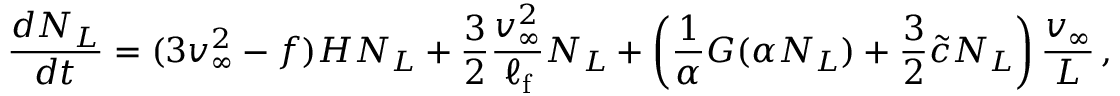
\frac { d N _ { L } } { d t } = ( 3 v _ { \infty } ^ { 2 } - f ) H N _ { L } + \frac { 3 } { 2 } \frac { v _ { \infty } ^ { 2 } } { \ell _ { \mathrm { f } } } N _ { L } + \left( \frac { 1 } { \alpha } G ( \alpha N _ { L } ) + \frac { 3 } { 2 } { \tilde { c } } N _ { L } \right) \frac { v _ { \infty } } { L } \, ,